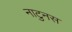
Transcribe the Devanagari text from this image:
नाटुनस